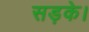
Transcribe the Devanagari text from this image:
सड़के।